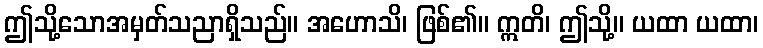
ဤသို့သောအမှတ်သညာရှိသည်။ အဟောသိ၊ ဖြစ်၏။ ဣတိ၊ ဤသို့။ ယထာ ယထာ၊